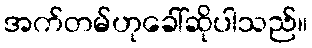
အက်တမ်ဟုခေါ်ဆိုပါသည်။